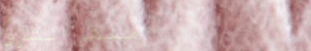
مقهى الشرق